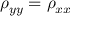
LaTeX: \rho _ { y y } = \rho _ { x x }